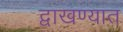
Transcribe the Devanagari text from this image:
द्वाखण्यात